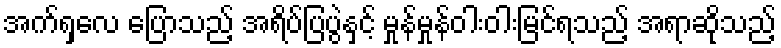
အက်ရှလေ ပြောသည့် အရိပ်ပြပွဲနှင့် မှုန်မှုန်ဝါးဝါးမြင်ရသည့် အရာဆိုသည့်